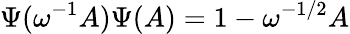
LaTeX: \Psi(\omega^{-1}A)\Psi(A)=1-\omega^{-1/2}A